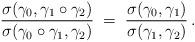
LaTeX: \begin{align*}\frac{\sigma(\gamma_0,\gamma_1\circ \gamma_2)} {\sigma(\gamma_0\circ\gamma_1,\gamma_2)}\;=\; \frac{\sigma(\gamma_0,\gamma_1)}{\sigma(\gamma_1,\gamma_2)}\,.\end{align*}